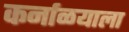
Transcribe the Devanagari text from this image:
कर्नाळयाला